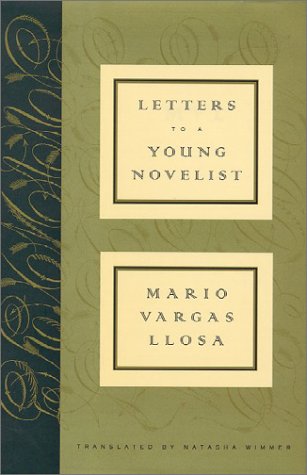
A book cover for Letters to a Young Novelist; Mario Vargas Llosa; Science Fiction & Fantasy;